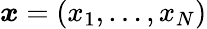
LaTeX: \boldsymbol{x}=\left(x_{1},\dots,x_{N}\right)